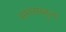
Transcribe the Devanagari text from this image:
समासबहुला